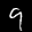
Label: 9